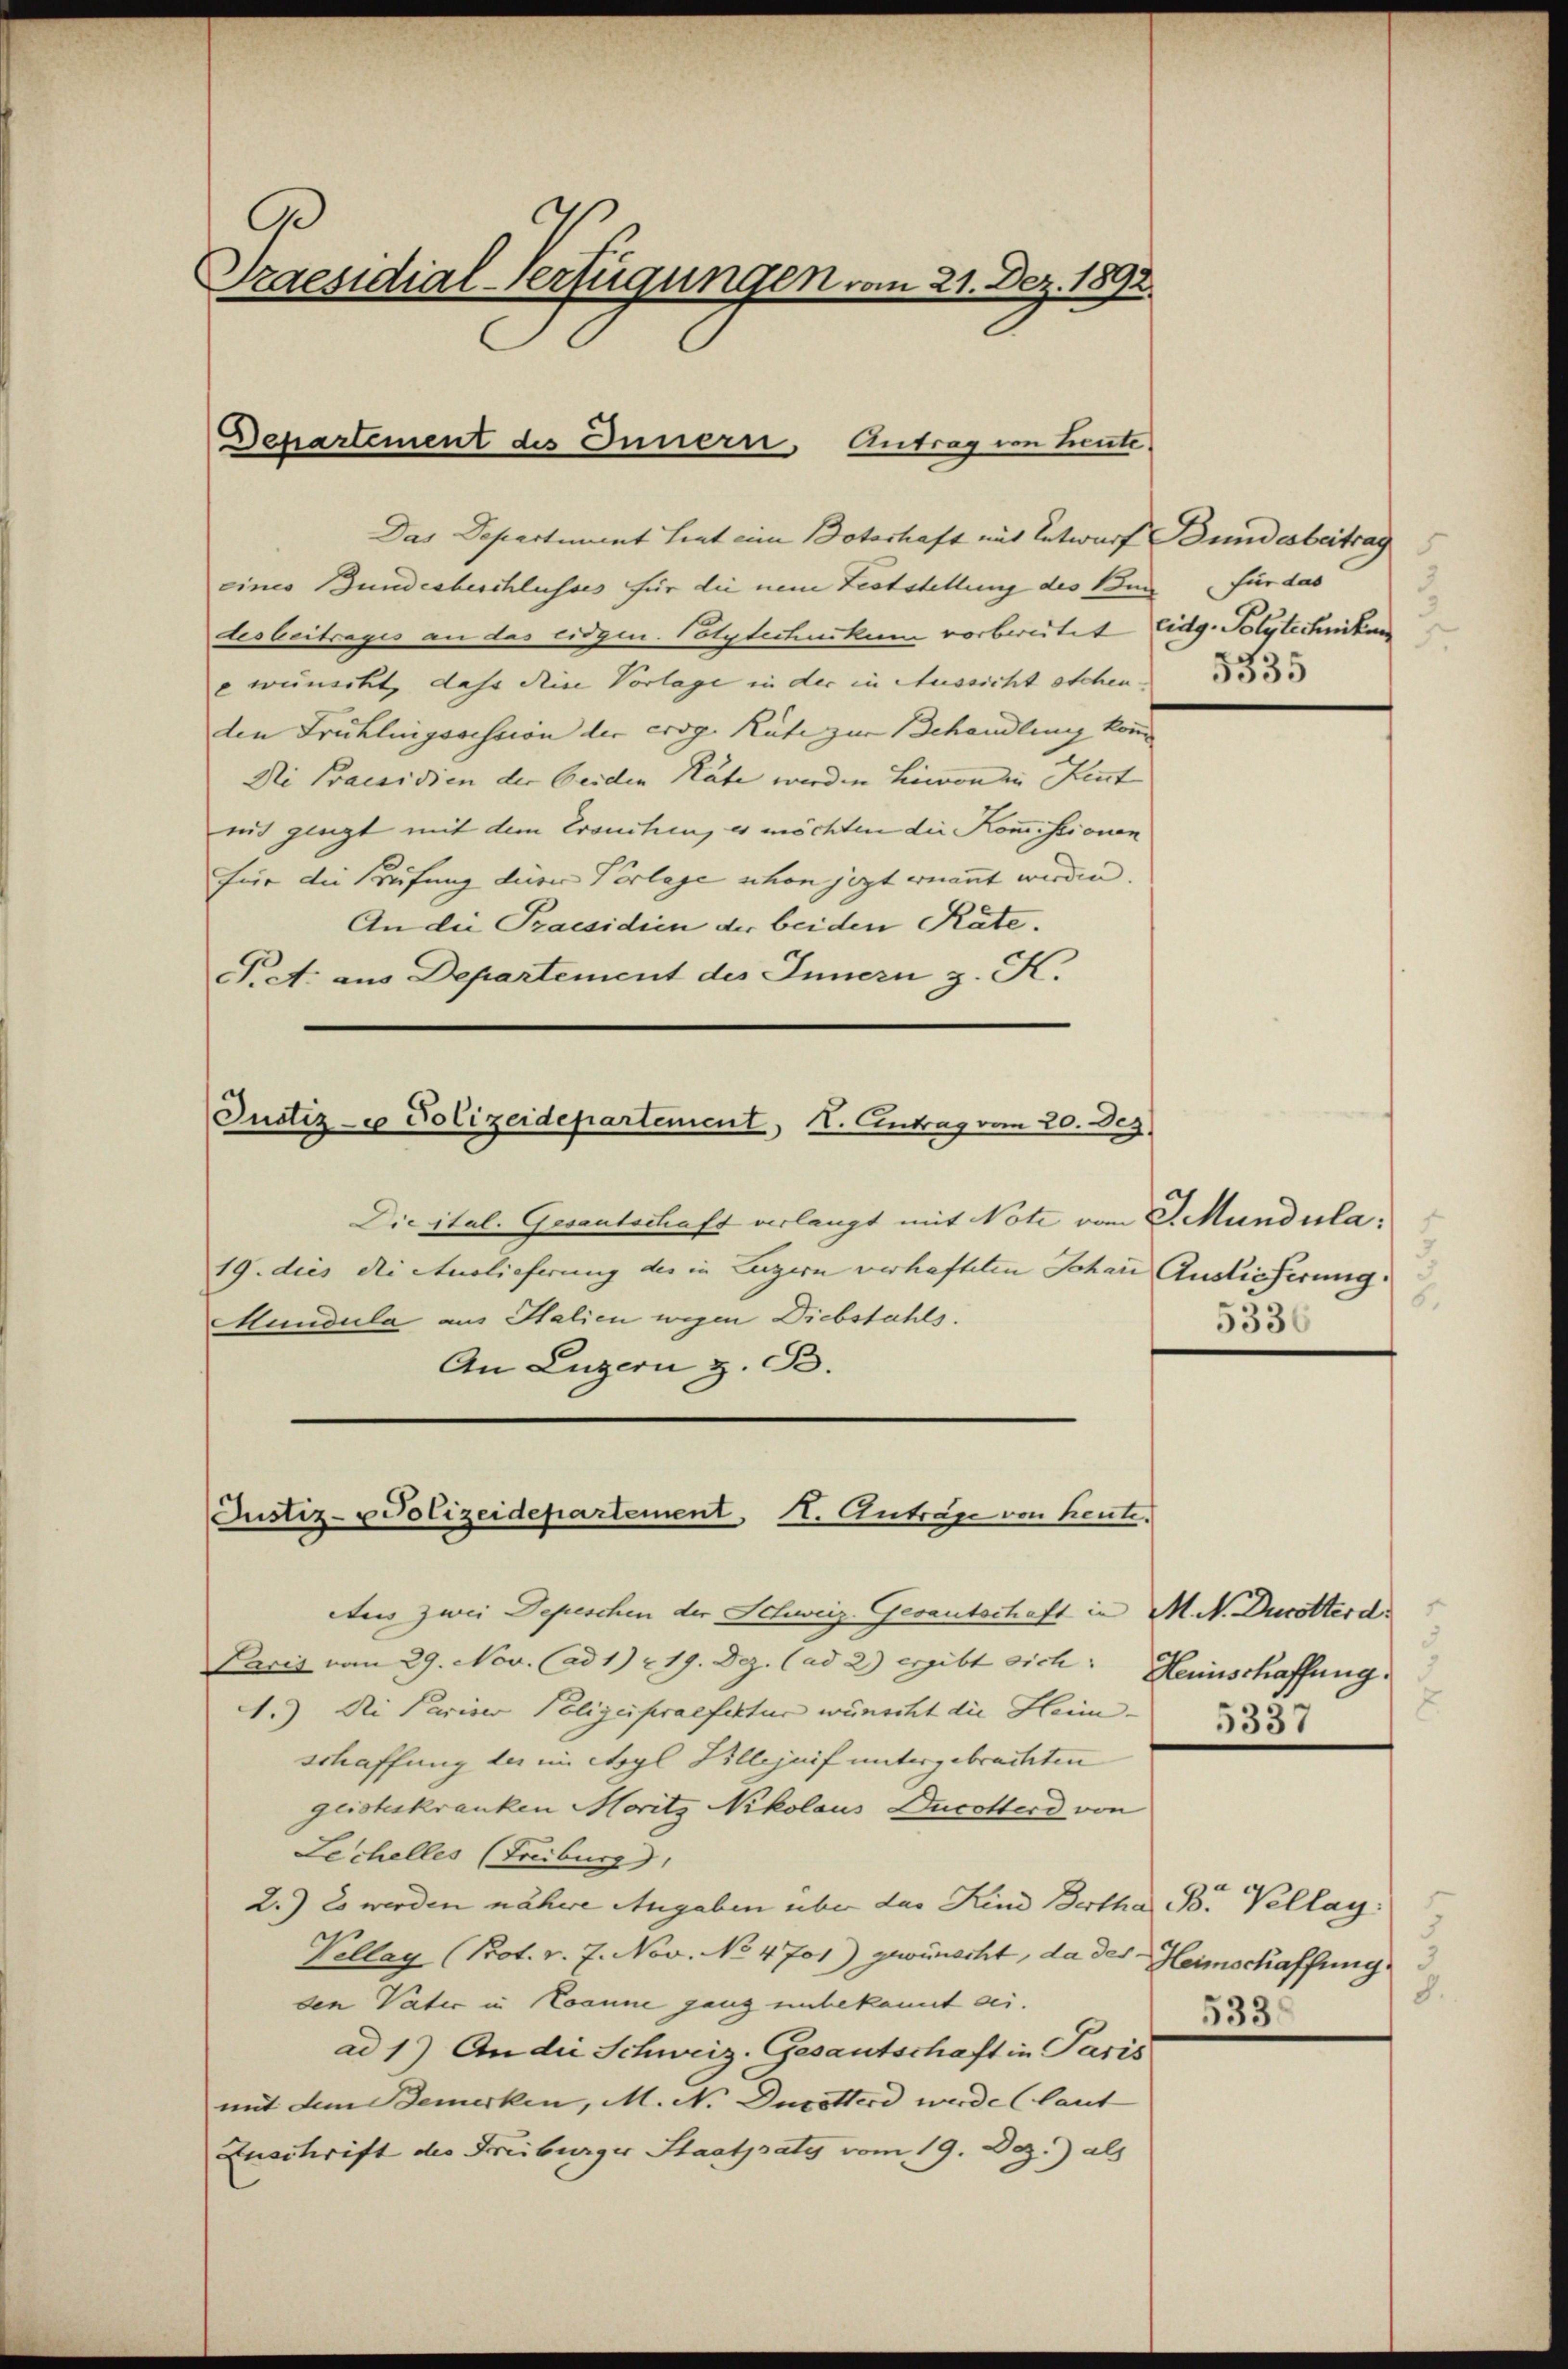
s
Praesidial-Verfügungen vom 21. Dez. 1892.

eines Bundesbeschlusses für die neue Feststellung des Bund für das
desbeitrages an das eidgen. Polytechnikum vorbereitet Eidg. Polytechniken
e wunscht, daher diese Vorlage in der in Aussicht stehen
den Frühlingssession der crog. Rate zur Behandlung kom
Ni Praesidien der beiden Räte werden Limon in Kemt |
mit glegt mit dem Ersuchen, es möchten die Kommissionen
für die Prüfung dieser Verlege schon jezt enannt werden. |
An die Praesidien der beiden Räte.
Pret: aus Departement des Innern z. K.

Departement des Innern, Antrag von heute
Das Departement Leut eine Botashaft mit Entwarf Bundesbeitrag

Justiz- u Polizeidepartement, I. Eintrag vom 20. Dez

Justiz- u Polizeidepartement 11. Antrag von heute.

Die ital. Gesantschaft verlangt mit Note vom J. Mundula:
19. dies die Auslieferung des in Luzern verhafteten Johan Auslieferung.
Mundula aus Halien wegen Diebstahls.
An Luzern z. B.

Aus zwei Depeschen der Schweiz. Gesantschaft in M. N. Ducotterd
Paris vom 29. Nov. (ad 1) u. 19. Dez. (ad 2) ergibt sich |
1.) Die Pariser Polizeipraefektur wünscht die Heim. |
schaffung der im Asyl Villejuif untergebrachten
geisteskranken Moritz Nikolaus Ducotterd von
Lechelles (Freiburg),
2.) Es werden nähere Angaben über das Kind Bertha Br. Vellay.
Vellay (Prot. v. 7. Nov. No 4701) gewünscht, da des Heimschaffung
den Vater in Loanne ganz unbekannt sei.
ad 1.) An die Schweiz. Gesantschaft in Paris
mit dem Bemerken, M. N. Ducotterd wurde (laut
Zuschrift des Freiburger Staatpaty vom 19. Dez.) als

5.
5330

Herinschaffung.
l
5337

8.
533